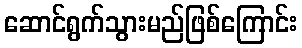
ဆောင်ရွက်သွားမည်ဖြစ်ကြောင်း